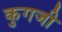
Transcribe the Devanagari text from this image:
कुगजी